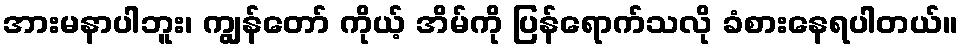
အားမနာပါဘူး၊ ကျွန်တော် ကိုယ့် အိမ်ကို ပြန်ရောက်သလို ခံစားနေရပါတယ်။